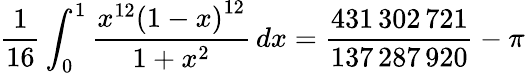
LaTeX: {\frac{1}{16}}\int_{0}^{1}{\frac{x^{12}\left(1-x\right)^{12}}{1+x^{2}}}\, dx={\frac{431\, 302\, 721}{137\, 287\, 920}}-\pi